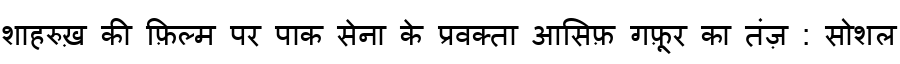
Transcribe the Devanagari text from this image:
शाहरुख़ की फ़िल्म पर पाक सेना के प्रवक्ता आसिफ़ गफ़ूर का तंज़ : सोशल